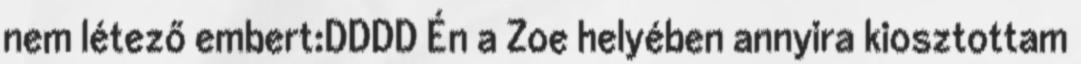
nem létező embert:DDDD Én a Zoe helyében annyira kiosztottam